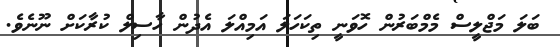
ބަލަ މަޖްލީސް މެމްބަރުން ހޮވަނީ ތިކަހަލަ އަމިއްލަ އެދުން ހާސިލް ކުރާކަށް ނޫނެވެ.